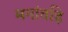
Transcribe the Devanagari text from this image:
मनांतहि